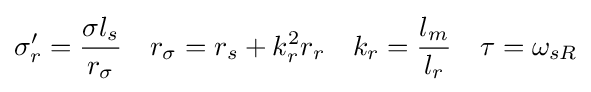
{\begin{aligned}\sigma _{r}'={\frac {\sigma l_{s}}{r_{\sigma }}}&&r_{\sigma }=r_{s}+k_{r}^{2}r_{r}&&k_{r}={\frac {l_{m}}{l_{r}}}&&\tau =\omega _{sR}\end{aligned}}